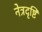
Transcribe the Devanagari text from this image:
नेत्रदृष्टि